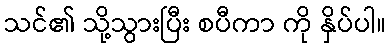
သင်၏ သို့သွားပြီး စပီကာ ကို နှိပ်ပါ။